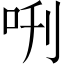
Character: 𠰙